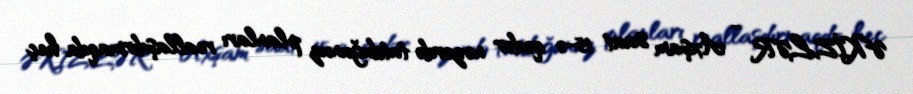
ƏKİZLƏR - Axşam saat 15-ə qədər nəzərdə tutduğunuz planları reallaşdırmaqda heç